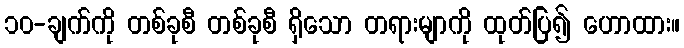
၁၀-ချက်ကို တစ်ခုစီ တစ်ခုစီ ရှိသော တရားမျာကို ထုတ်ပြ၍ ဟောထား။